Leaving Certificate Examination, 1910
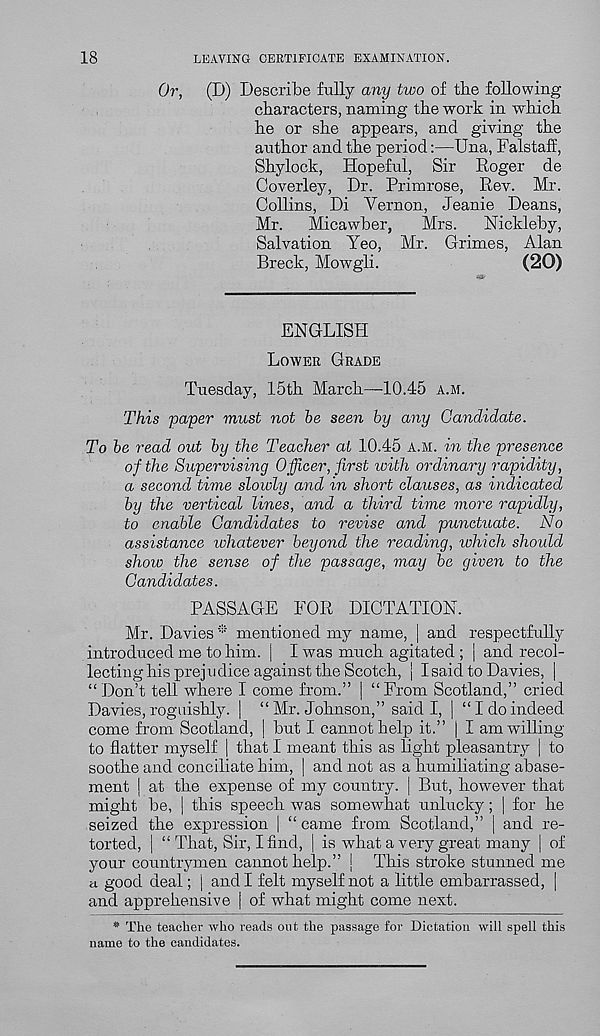
18
LEAVING CERTIFICATE EXAMINATION.
Or, (D) Describe fully any two of the following
characters, naming the work in which
he or she appears, and giving the
author and the period:—Una, Falstaff,
Shylock, Hopeful, Sir Roger de
Coverley, Dr. Primrose, Rev. Mr.
Collins, Di Vernon, Jeanie Deans,
Mr. Micawher,
Mrs. Nickleby,
Salvation Yeo, Mr. Grimes, Alan
Breck, Mowgli.
(20)
ENGLISH
LOWER GRADE
Tuesday, 15th March—-10.45 A.M.
This paper must not be seen by any Candidate.
To be read out by the Teacher at 10.45 A.M. in the presence
of the Supervising Officer, first with ordinary rapidity,
a second time slowly and in short clauses, as indicated
by the vertical lines, and a third time more rapidly,
to enable Candidates to revise and punctuate. No
assistance whatever beyond the reading, which should
show the sense of the passage, may be given to the
Candidates.
PASSAGE EOR DICTATION.
Mr. Davies * mentioned my name, | and respectfully
introduced me to him. | I was much agitated ; | and recol-
lecting his prejudice against the Scotch, j Isaid to Davies, |
“ Don’t tell where I come from.” | “ From Scotland,” cried
Davies, roguishly. | “ Mr. Johnson,” said I, | “I do indeed
come from Scotland, | but I cannot help it.” j I am willing
to flatter myself | that I meant this as light pleasantry | to
soothe and conciliate him, | and not as a humiliating abase-
ment | at the expense of my country. | But, however that
might be, | this speech was somewhat unlucky; | for he
seized the expression | “ came from Scotland,” | and re-
torted, | “ That, Sir, I find, | is what a very great many | of
your countrymen cannot help.” j This stroke stunned me
a good deal; j and I felt myself not a little embarrassed, |
and apprehensive | of what might come next.
* The teacher who reads out the passage for Dictation will spell this
name to the candidates.